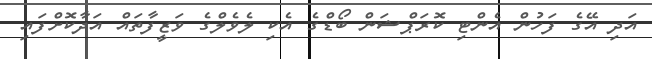
އަދި އޭގެ ފަހުން އެންޓި ކޮރަޕްޝަން ބޯޑްގެ އެކި ލެވެލްގެ ވަޒީފާތައް އަދާކޮށްފައި